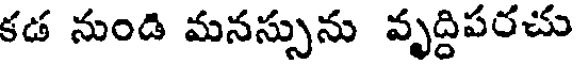
కడ నుండి మనస్సును వృద్దిపరచు